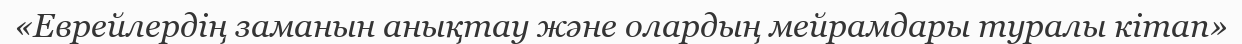
«Еврейлердің заманын анықтау және олардың мейрамдары туралы кітап»